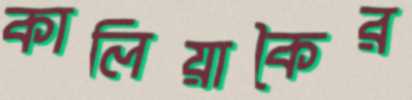
কালিয়াকৈর